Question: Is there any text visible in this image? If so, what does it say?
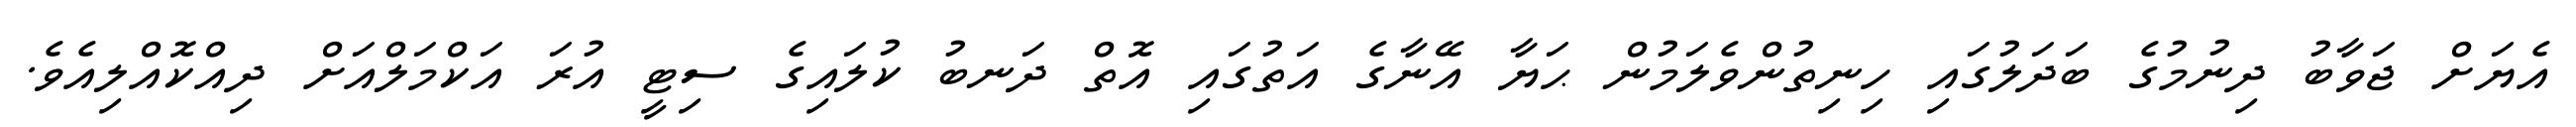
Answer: އެޔަށް ޖަވާބު ދިނުމުގެ ބަދަލުގައި ހިނިތުންވެލަމުން ޙަޔާ އޭނާގެ އަތުގައި އޮތް ދަނބު ކުލައިގެ ސިޓީ އުރަ އަކްމަލްއަށް ދިއްކޮއްލިއެވެ.